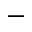
-